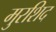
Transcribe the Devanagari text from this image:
मुरशिद